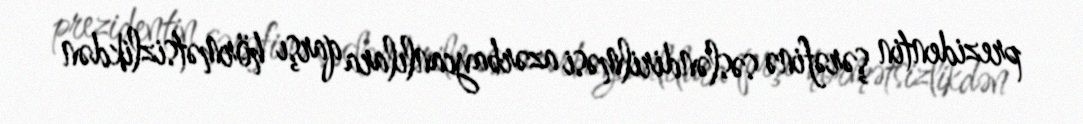
prezidentin şərəfinə səsləndirilməsi azərbaycanlılara qarşı hörmətsizlikdən